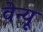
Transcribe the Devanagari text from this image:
वेन्यू